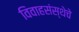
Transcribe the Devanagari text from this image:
विवाहसंस्थेचे